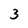
Character: 3